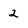
Character: 2